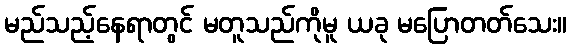
မည်သည့်နေရာတွင် မတူသည်ကိုမူ ယခု မပြောတတ်သေး။